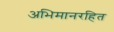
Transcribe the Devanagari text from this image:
अभिमानरहित